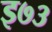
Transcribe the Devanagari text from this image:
इ७३